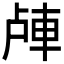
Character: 𲄴